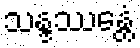
သန္ဒဿေန္တံ